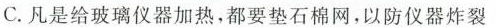
C.凡是给玻璃仪器加热，都要垫石棉网，以防仪器炸裂